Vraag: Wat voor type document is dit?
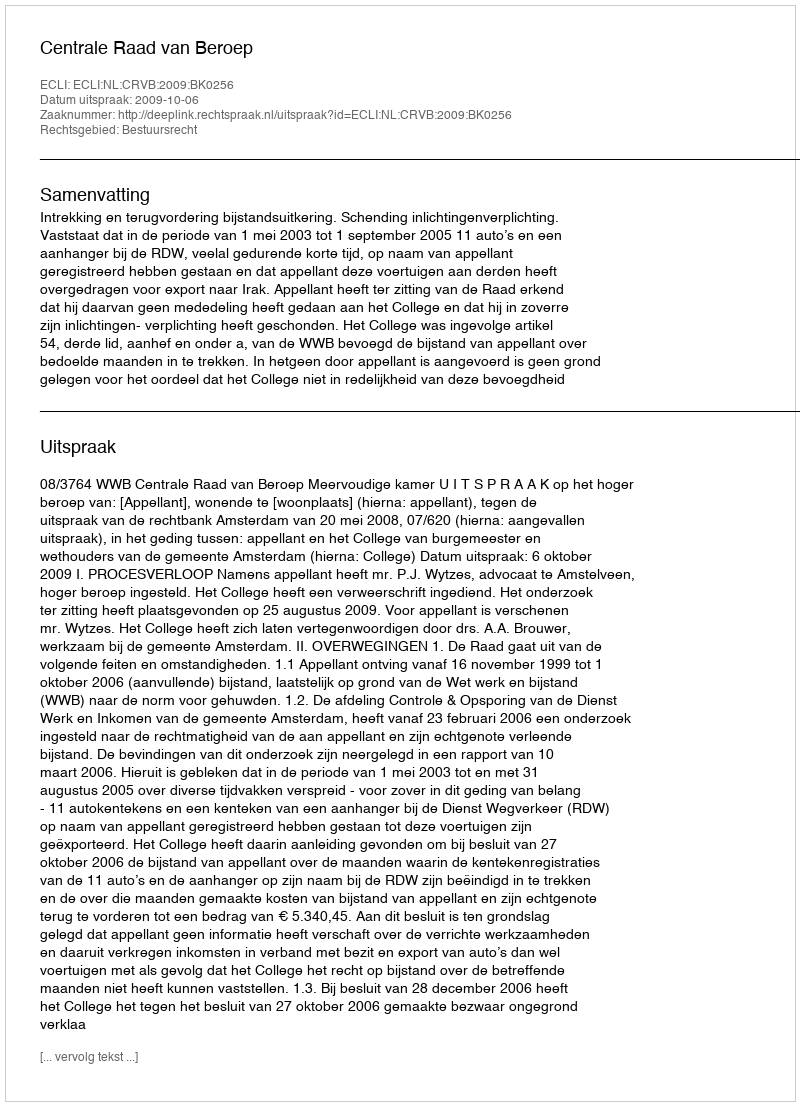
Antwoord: Uitspraak